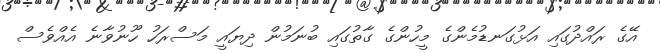
އޭގެ ރައްދުގައި އަޅުގަނޑުމެންގެ މީހުންގެ ގާތުގައި ބުނަމުން ދިޔައީ މަސްރަހު ހޫނުވާނެ އެއްވެސް